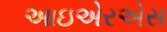
આઇએરએસ